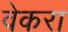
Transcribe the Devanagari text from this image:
वेकरा